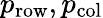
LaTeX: p_{\mathrm{row}},p_{\mathrm{col}}